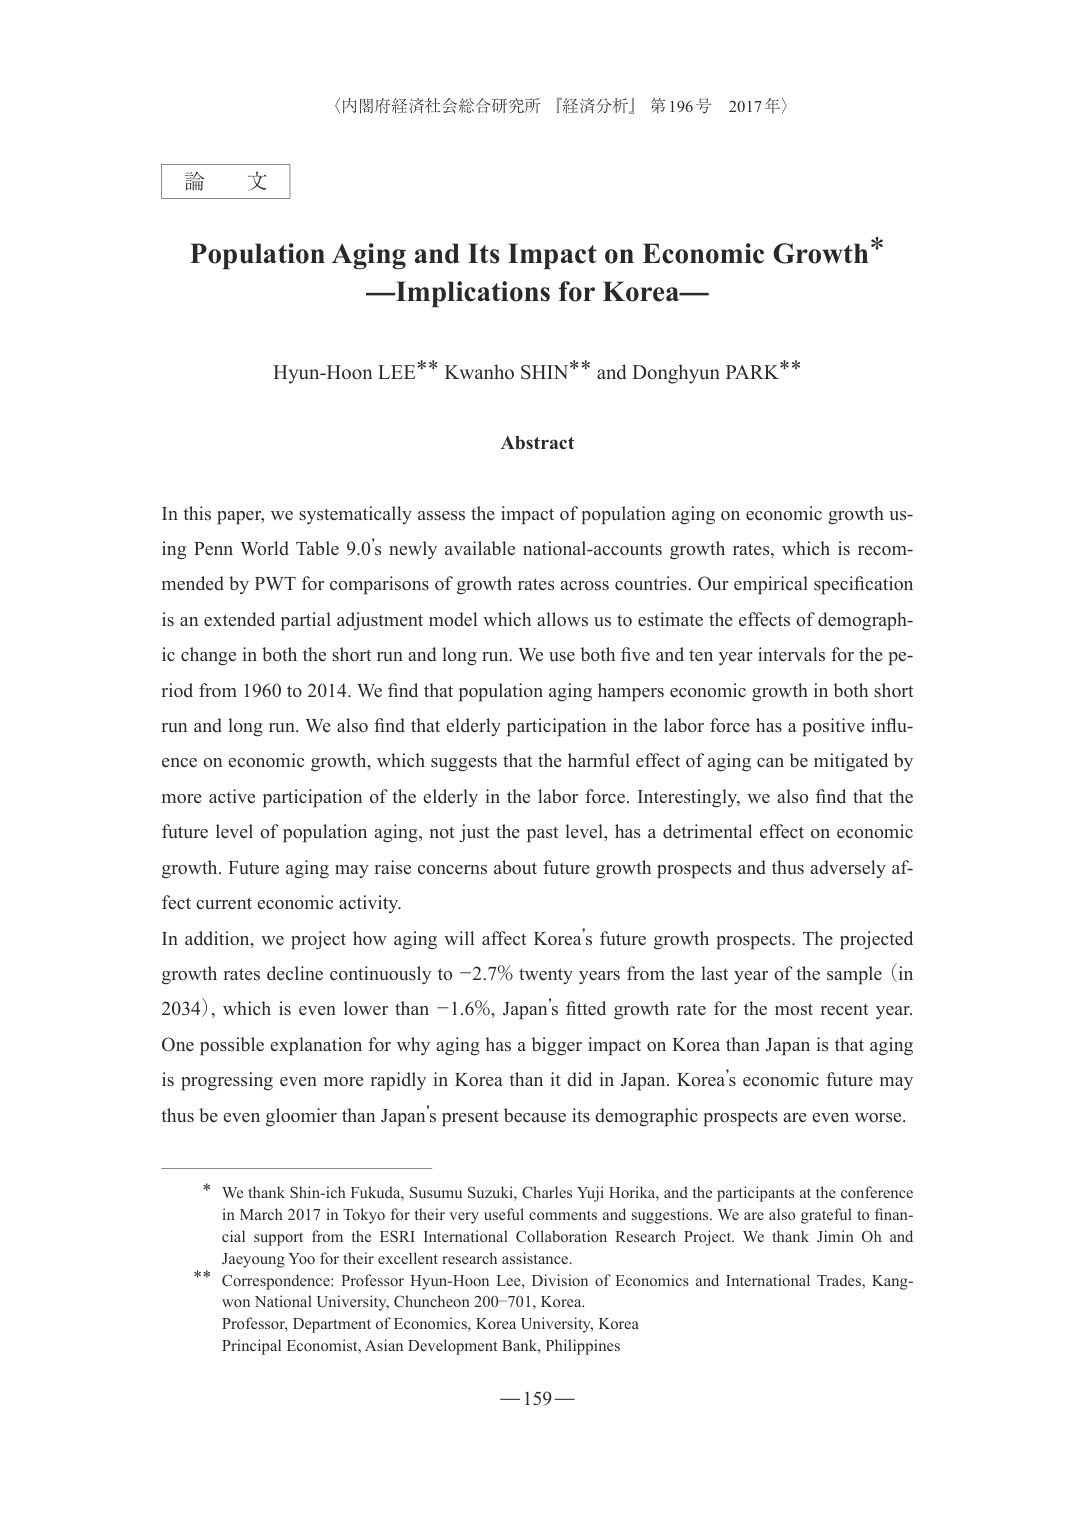
〈内閣府経済社会総合研究所『経済分析』第196号 2017年〉

論文

Population Aging and Its Impact on Economic Growth*
—Implications for Korea—

Hyun-Hoon LEE** Kwanko SHIN** and Donghyun PARK**

Abstract

In this paper, we systematically assess the impact of population aging on economic growth using Penn World Table 9.0's newly available national-accounts growth rates, which is recommended by PWT for comparisons of growth rates across countries. Our empirical specification is an extended partial adjustment model which allows us to estimate the effects of demographic change in both the short run and long run. We use both five and ten year intervals for the period from 1960 to 2014. We find that population aging hampers economic growth in both short run and long run. We also find that elderly participation in the labor force has a positive influence on economic growth, which suggests that the harmful effect of aging can be mitigated by more active participation of the elderly in the labor force. Interestingly, we also find that the future level of population aging, not just the past level, has a detrimental effect on economic growth. Future aging may raise concerns about future growth prospects and thus adversely affect current economic activity.

In addition, we project how aging will affect Korea’s future growth prospects. The projected growth rates decline continuously to −2.7% twenty years from the last year of the sample (in 2034), which is even lower than −1.6%, Japan’s fitted growth rate for the most recent year. One possible explanation for why aging has a bigger impact on Korea than Japan is that aging is progressing even more rapidly in Korea than it did in Japan. Korea’s economic future may thus be even gloomier than Japan’s present because its demographic prospects are even worse.

* We thank Shin-ich Fukuda, Susumu Suzuki, Charles Yuji Horika, and the participants at the conference in March 2017 in Tokyo for their very useful comments and suggestions. We are also grateful to financial support from the ESRI International Collaboration Research Project. We thank Jimin Oh and Jaeyoung Yoo for their excellent research assistance.

** Correspondence: Professor Hyun-Hoon Lee, Division of Economics and International Trades, Kangwon National University, Chuncheon 200–701, Korea.
Professor, Department of Economics, Korea University, Korea
Principal Economist, Asian Development Bank, Philippines

—159—